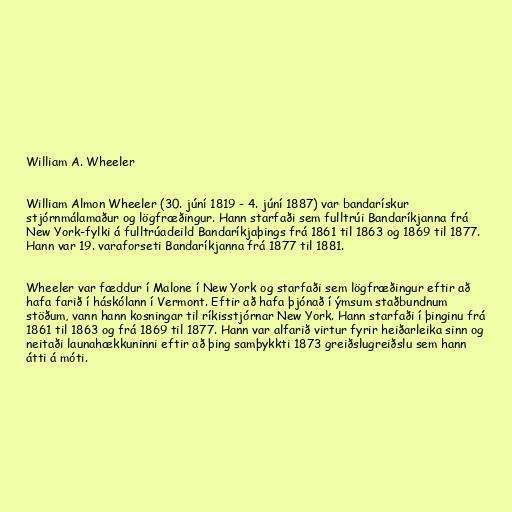
William A. Wheeler

William Almon Wheeler (30. júní 1819 - 4. júní 1887) var bandarískur
stjórnmálamaður og lögfræðingur. Hann starfaði sem fulltrúi Bandaríkjanna frá
New York-fylki á fulltrúadeild Bandaríkjaþings frá 1861 til 1863 og 1869 til 1877.
Hann var 19. varaforseti Bandaríkjanna frá 1877 til 1881.

Wheeler var fæddur í Malone í New York og starfaði sem lögfræðingur eftir að
hafa farið í háskólann í Vermont. Eftir að hafa þjónað í ýmsum staðbundnum
stöðum, vann hann kosningar til ríkisstjórnar New York. Hann starfaði í þinginu frá
1861 til 1863 og frá 1869 til 1877. Hann var alfarið virtur fyrir heiðarleika sinn og
neitaði launahækkuninni eftir að þing samþykkti 1873 greiðslugreiðslu sem hann
átti á móti.